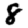
Digit: 8